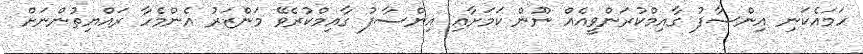
ހަމައެކަނި އިންސާފު ގާއިމްކުރަންވީއެއް ނޫން ކަމަށާއި އިންސާފު ގާއިމްކުރެވޭ މަންޒަރު އެންމެހާ ރައްޔިތުންނަށް